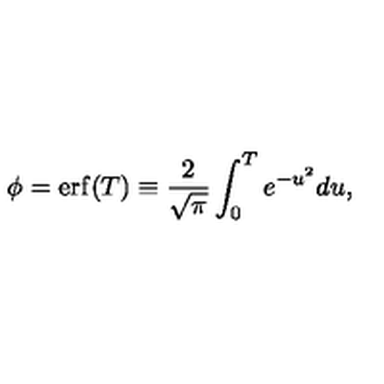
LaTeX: \phi = \mathrm { e r f } ( T ) \equiv \frac { 2 } { \sqrt { \pi } } \int _ { 0 } ^ { T } e ^ { - u ^ { 2 } } d u ,